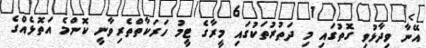
އޭނާ ވިދާޅުވި ގޮތުގައި މި ދަތުރުތަކުގައި މީރާގެ ޓީމު ހަރަކާތްތެރިވާނީ ކޮންމެ އަތޮޅެއްގެ